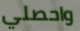
واحصلي